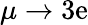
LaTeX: \mu\to3\mathrm{e}